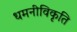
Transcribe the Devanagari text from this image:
धमनीविकृति